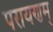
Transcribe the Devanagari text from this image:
परायणम्